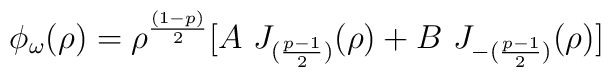
\phi_\omega (\rho) = \rho^{(1-p)\over 2}[ A ~J_{({p-1 \over 2})}(\rho)+ B~J_{-({p-1 \over 2})}(\rho)]